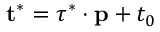
\mathbf { t } ^ { * } = \tau ^ { * } \cdot \mathbf { p } + t _ { 0 }